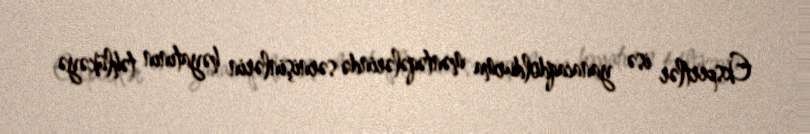
Ekspertlər isə yanacaqdoldurma məntəqələrində sərnişinlərin həyatının təhlükəyə